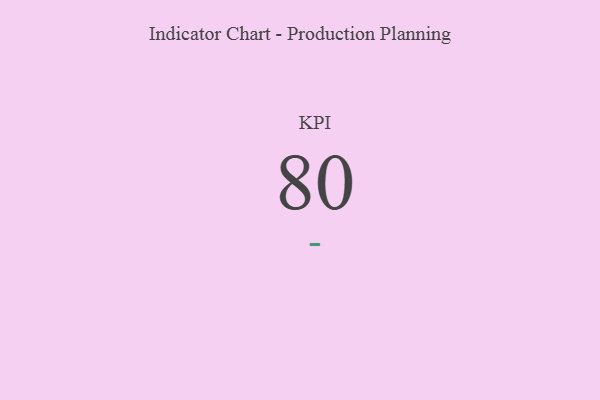
{"axis": {"x": "KPI", "y": "Value"}, "legend": [""], "data": [{"x": "KPI", "y": 80, "type": ""}]}